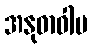
အနုဓာဝါမ